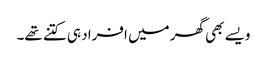
ویسے بھی گھر میں افراد ہی کتنے تھے۔